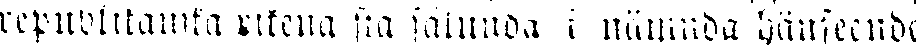
republikanska rikena ska sålunda i nämnda hänseende